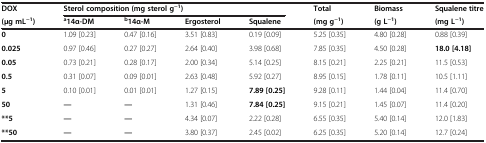
<table><thead><tr><td><b>DOX</b></td><td colspan="4"><b>Sterol composition (mg sterol g<sup>−1</sup>)</b></td><td><b>Total</b></td><td><b>Biomass</b></td><td><b>Squalene titre</b></td></tr><tr><td><b>(μg mL<sup>−1</sup>)</b></td><td><b><sup>a</sup>14α-DM</b></td><td><b><sup>b</sup>14α-M</b></td><td><b>Ergosterol</b></td><td><b>Squalene</b></td><td><b>(mg g<sup>−1</sup>)</b></td><td><b>(g L<sup>−1</sup>)</b></td><td><b>(mg L<sup>−1</sup>)</b></td></tr></thead><tbody><tr><td><b>0</b></td><td>1.09 [0.23]</td><td>0.47 [0.16]</td><td>3.51 [0.83]</td><td>0.19 [0.09]</td><td>5.25 [0.35]</td><td>4.80 [0.28]</td><td>0.88 [0.39]</td></tr><tr><td><b>0.025</b></td><td>0.97 [0.46]</td><td>0.27 [0.27]</td><td>2.64 [0.40]</td><td>3.98 [0.68]</td><td>7.85 [0.35]</td><td>4.50 [0.28]</td><td><b>18.0 [4.18]</b></td></tr><tr><td><b>0.05</b></td><td>0.73 [0.21]</td><td>0.28 [0.17]</td><td>2.00 [0.34]</td><td>5.14 [0.25]</td><td>8.15 [0.21]</td><td>2.25 [0.21]</td><td>11.5 [0.53]</td></tr><tr><td><b>0.5</b></td><td>0.31 [0.07]</td><td>0.09 [0.01]</td><td>2.63 [0.48]</td><td>5.92 [0.27]</td><td>8.95 [0.15]</td><td>1.78 [0.11]</td><td>10.5 [1.11]</td></tr><tr><td><b>5</b></td><td>0.10 [0.01]</td><td>0.01 [0.01]</td><td>1.27 [0.15]</td><td><b>7.89 [0.25]</b></td><td>9.28 [0.11]</td><td>1.44 [0.04]</td><td>11.4 [0.70]</td></tr><tr><td><b>50</b></td><td><b>—</b></td><td><b>—</b></td><td>1.31 [0.46]</td><td><b>7.84 [0.25]</b></td><td>9.15 [0.21]</td><td>1.45 [0.07]</td><td>11.4 [0.20]</td></tr><tr><td><b>**5</b></td><td><b>—</b></td><td><b>—</b></td><td>4.34 [0.07]</td><td>2.22 [0.28]</td><td>6.55 [0.35]</td><td>5.40 [0.14]</td><td>12.0 [1.83]</td></tr><tr><td><b>**50</b></td><td><b>—</b></td><td><b>—</b></td><td>3.80 [0.37]</td><td>2.45 [0.02]</td><td>6.25 [0.35]</td><td>5.20 [0.14]</td><td>12.7 [0.24]</td></tr></tbody></table>